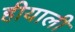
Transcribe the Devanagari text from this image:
हीयाली